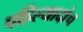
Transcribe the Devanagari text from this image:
पहिल्यादांच